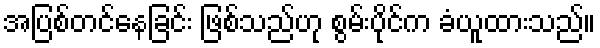
အပြစ်တင်နေခြင်း ဖြစ်သည်ဟု စွမ်းပိုင်က ခံယူထားသည်။